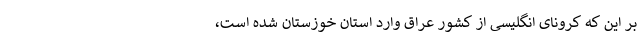
بر این که کرونای انگلیسی از کشور عراق وارد استان خوزستان شده است،